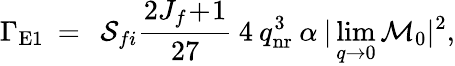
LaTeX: \Gamma_{\mathrm{E1}}\: =\: \: {\cal S}_{fi}\frac{2J_{f}\! +\! 1}{27}\: 4\: q_{\mathrm{nr}}^{3}\: \alpha\: |\operatorname*{lim}_{q\rightarrow 0}{\cal M}_{0}|^{2},